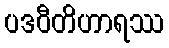
ပဒဝီတိဟာရဿ